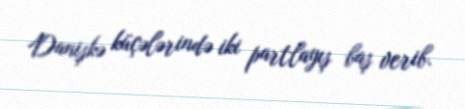
Danişkə küçələrində iki partlayış baş verib.